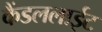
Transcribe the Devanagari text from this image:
कैंडललाईट